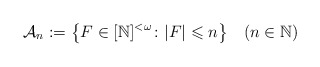
\begin{align*} \mathcal{A}_n := \big\{F\in[\mathbb{N}]^{<\omega} \colon |F|\leqslant n\big\} \quad(n\in \mathbb N)\end{align*}